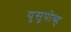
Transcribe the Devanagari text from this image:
युसुपोव्ह